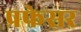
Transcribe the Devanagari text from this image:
प्रफेसर